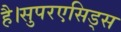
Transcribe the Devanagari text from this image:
है।सुपरएसिड्स